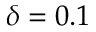
\delta = 0 . 1